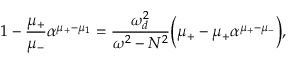
1 - \frac { \mu _ { + } } { \mu _ { - } } \alpha ^ { \mu _ { + } - \mu _ { 1 } } = \frac { \omega _ { d } ^ { 2 } } { \omega ^ { 2 } - N ^ { 2 } } \Big ( \mu _ { + } - \mu _ { + } \alpha ^ { \mu _ { + } - \mu _ { - } } \Big ) ,